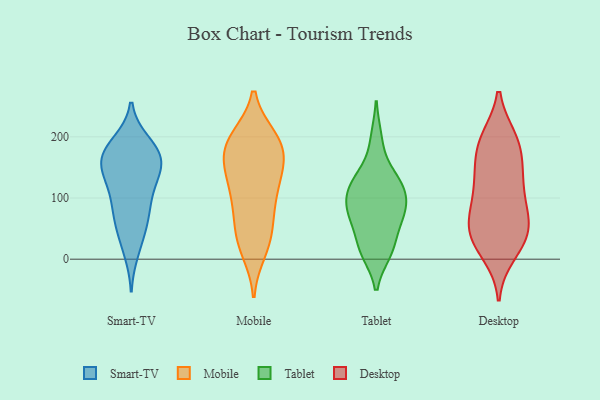
{"axis": {"x": "Conversion Rate (%)", "y": "Value"}, "legend": ["Desktop", "Mobile", "Smart-TV", "Tablet"], "data": [{"x": "", "y": 151, "type": "Smart-TV"}, {"x": "", "y": 160, "type": "Smart-TV"}, {"x": "", "y": 171, "type": "Smart-TV"}, {"x": "", "y": 175, "type": "Smart-TV"}, {"x": "", "y": 127, "type": "Smart-TV"}, {"x": "", "y": 190, "type": "Smart-TV"}, {"x": "", "y": 186, "type": "Smart-TV"}, {"x": "", "y": 161, "type": "Smart-TV"}, {"x": "", "y": 97, "type": "Smart-TV"}, {"x": "", "y": 66, "type": "Smart-TV"}, {"x": "", "y": 13, "type": "Smart-TV"}, {"x": "", "y": 76, "type": "Smart-TV"}, {"x": "", "y": 115, "type": "Smart-TV"}, {"x": "", "y": 134, "type": "Smart-TV"}, {"x": "", "y": 162, "type": "Smart-TV"}, {"x": "", "y": 66, "type": "Smart-TV"}, {"x": "", "y": 35, "type": "Smart-TV"}, {"x": "", "y": 142, "type": "Mobile"}, {"x": "", "y": 194, "type": "Mobile"}, {"x": "", "y": 168, "type": "Mobile"}, {"x": "", "y": 107, "type": "Mobile"}, {"x": "", "y": 144, "type": "Mobile"}, {"x": "", "y": 199, "type": "Mobile"}, {"x": "", "y": 164, "type": "Mobile"}, {"x": "", "y": 37, "type": "Mobile"}, {"x": "", "y": 120, "type": "Mobile"}, {"x": "", "y": 13, "type": "Mobile"}, {"x": "", "y": 41, "type": "Mobile"}, {"x": "", "y": 198, "type": "Mobile"}, {"x": "", "y": 195, "type": "Mobile"}, {"x": "", "y": 102, "type": "Mobile"}, {"x": "", "y": 79, "type": "Mobile"}, {"x": "", "y": 188, "type": "Mobile"}, {"x": "", "y": 70, "type": "Mobile"}, {"x": "", "y": 155, "type": "Mobile"}, {"x": "", "y": 22, "type": "Mobile"}, {"x": "", "y": 132, "type": "Tablet"}, {"x": "", "y": 69, "type": "Tablet"}, {"x": "", "y": 118, "type": "Tablet"}, {"x": "", "y": 196, "type": "Tablet"}, {"x": "", "y": 15, "type": "Tablet"}, {"x": "", "y": 90, "type": "Tablet"}, {"x": "", "y": 67, "type": "Tablet"}, {"x": "", "y": 12, "type": "Tablet"}, {"x": "", "y": 135, "type": "Tablet"}, {"x": "", "y": 21, "type": "Tablet"}, {"x": "", "y": 112, "type": "Tablet"}, {"x": "", "y": 95, "type": "Tablet"}, {"x": "", "y": 69, "type": "Tablet"}, {"x": "", "y": 150, "type": "Desktop"}, {"x": "", "y": 29, "type": "Desktop"}, {"x": "", "y": 10, "type": "Desktop"}, {"x": "", "y": 133, "type": "Desktop"}, {"x": "", "y": 36, "type": "Desktop"}, {"x": "", "y": 85, "type": "Desktop"}, {"x": "", "y": 191, "type": "Desktop"}, {"x": "", "y": 124, "type": "Desktop"}, {"x": "", "y": 31, "type": "Desktop"}, {"x": "", "y": 52, "type": "Desktop"}, {"x": "", "y": 69, "type": "Desktop"}, {"x": "", "y": 125, "type": "Desktop"}, {"x": "", "y": 50, "type": "Desktop"}, {"x": "", "y": 196, "type": "Desktop"}, {"x": "", "y": 183, "type": "Desktop"}, {"x": "", "y": 194, "type": "Desktop"}, {"x": "", "y": 80, "type": "Desktop"}]}